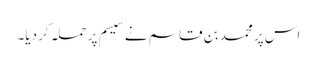
اس پر محمد بن قاسم نے سیسم پر حملہ کر دیا۔